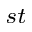
^ { s t }